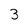
Character: 3